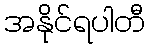
အနိုင်ရပါတီ